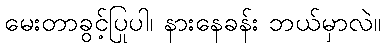
မေးတာခွင့်ပြုပါ၊ နားနေခန်း ဘယ်မှာလဲ။